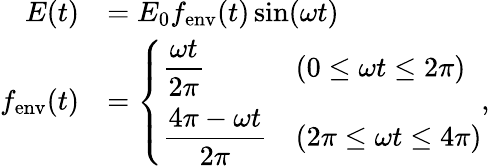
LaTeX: \begin{array}{rl}{E(t)}&{=E_{0}f_{\mathrm{env}}(t)\sin(\omega t)}\\ {f_{\mathrm{env}}(t)}&{=\left\{ \begin{array}{ll}{\displaystyle\frac{\omega t}{2\pi}}&{(0\leq\omega t\leq 2\pi)}\\ {\displaystyle\frac{4\pi-\omega t}{2\pi}}&{(2\pi\leq\omega t\leq 4\pi)}\end{array}\right.,}\end{array}